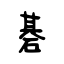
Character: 碁